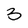
Character: 3